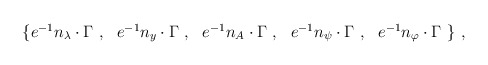
\begin{align*}\begin{array}{l}\left\{ e^{-1}n_\lambda \cdot \Gamma ~,~~e^{-1}n_y\cdot \Gamma~,~~e^{-1}n_A\cdot \Gamma ~,~~e^{-1}n_\psi \cdot \Gamma ~,~~e^{-1}n_\varphi\cdot \Gamma ~\right\} \,,\end{array}\end{align*}